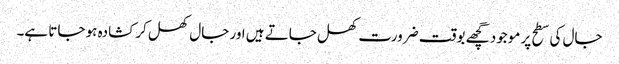
جال کی سطح پر موجود گچھے بوقت ضرورت کھل جاتے ہیں اور جال کھل کر کشادہ ہو جاتا ہے۔